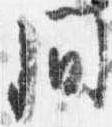
間